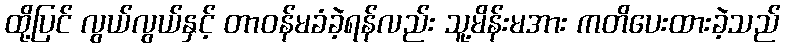
ထို့ပြင် လွယ်လွယ်နှင့် တာဝန်မခံခဲ့ရန်လည်း သူ့မိန်းမအား ကတိပေးထားခဲ့သည်